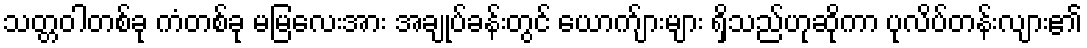
သတ္တဝါတစ်ခု ကံတစ်ခု မမြလေးအား အချုပ်ခန်းတွင် ယောက်ျားများ ရှိသည်ဟုဆိုကာ ပုလိပ်တန်းလျား၏